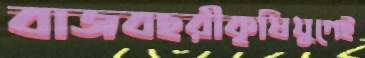
বাজবহরীকৃষিযুগেই